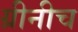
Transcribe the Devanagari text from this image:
ग्रीनीच